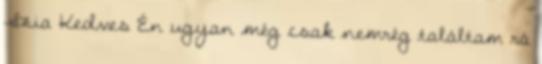
Szia Kedves Én ugyan még csak nemrég találtam rá